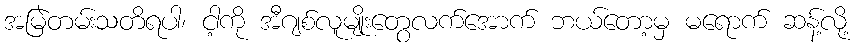
အမြဲတမ်းသတိရပါ၊ ငါ့ကို အီဂျစ်လူမျိုးတွေလက်အောက် ဘယ်တော့မှ မရောက် ဆန့်လို့